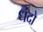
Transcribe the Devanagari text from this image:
धंदो